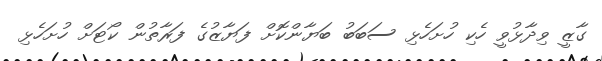
ގާޒީ ވިދާޅުވީ ހެކި ހުށަހެޅި ސަބަބު ބަޔާންކޮށް ފަޔާޒުގެ ފަރާތުން ކޯޓަށް ހުށަހެޅި